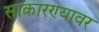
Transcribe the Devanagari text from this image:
साकारण्यावर